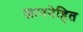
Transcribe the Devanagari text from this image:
जाननेहित